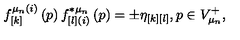
f _ { \left[ k \right] } ^ { \mu _ { n } ( i ) } \left( p \right) f _ { \left[ l \right] ( i ) } ^ { * \mu _ { n } } \left( p \right) = \pm \eta _ { \left[ k \right] \left[ l \right] } , p \in V _ { \mu _ { n } } ^ { + } ,